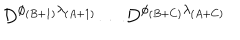
LaTeX: D ^ { \phi _ { ( B + 1 ) } \lambda _ { ( A + 1 ) } } \dots D ^ { \phi _ { ( B + C ) } \lambda _ { ( A + C ) } }